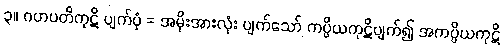
၃။ ဂဟပတိကုဋိ ပျက်ပုံ = အမိုးအားလုံး ပျက်သော် ကပ္ပိယကုဋိပျက်၍ အကပ္ပိယကုဋိ